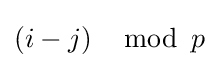
(i-j)\,\mod \,p